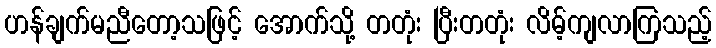
ဟန်ချက်မညီတော့သဖြင့် အောက်သို့ တတုံး ပြီးတတုံး လိမ့်ကျလာကြသည့်